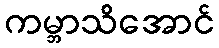
ကမ္ဘာသိအောင်